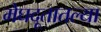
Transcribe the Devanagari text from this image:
मेघदूतातल्या